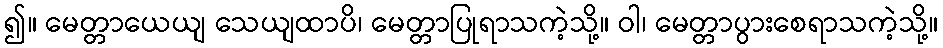
၍။ မေတ္တာယေယျ သေယျထာပိ၊ မေတ္တာပြုရာသကဲ့သို့။ ဝါ၊ မေတ္တာပွားစေရာသကဲ့သို့။